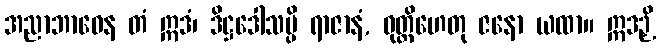
အညာဘာဝေန တံ ဣဒံ၊ ဒိဋ္ဌဒေါသမ္ပိ ရာဇာနံ, ဝုတ္တိဟေတု ဇနော ယထာ။ ဣဒဉှိ